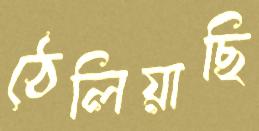
ঠেলিয়াছি